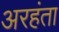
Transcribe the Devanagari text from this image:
अरहंता